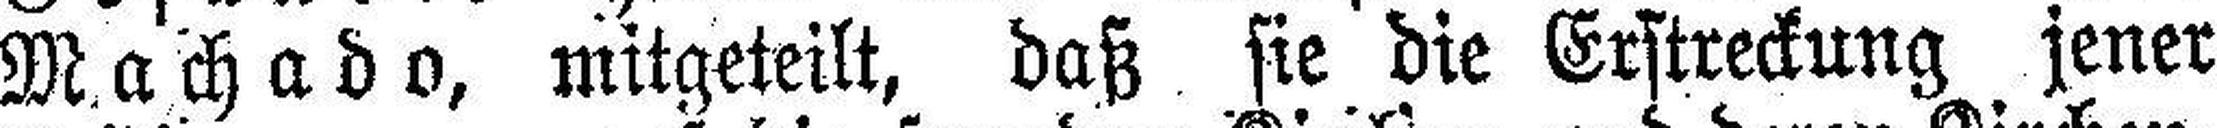
Machado, mitgeteilt, daß sie die Erstreckung jener